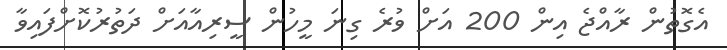
އެގޮތުން ރާއްޖެ އިން 200 އަށް ވުރެ ގިނަ މީހުން ސީރިއާއަށް ދަތުރުކޮށްފައިވާ